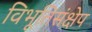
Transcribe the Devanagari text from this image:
विभूतिसंक्षेप